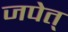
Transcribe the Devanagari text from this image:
जपेत्